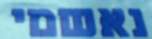
נאשמי